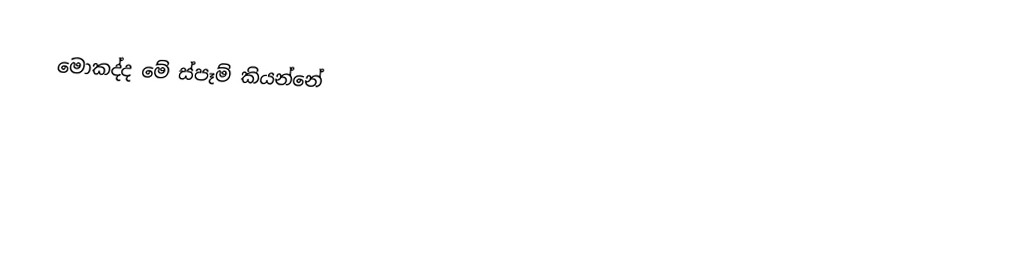
මොකද්ද මේ ස්පෑම් කියන්නේ